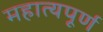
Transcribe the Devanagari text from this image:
महात्यपूर्ण